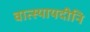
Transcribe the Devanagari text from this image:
वात्स्यायदीनि